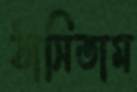
ঠাসিতাম